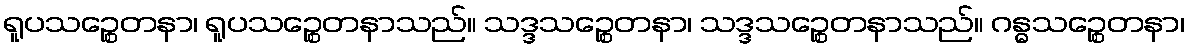
ရူပသဉ္စေတနာ၊ ရူပသဉ္စေတနာသည်။ သဒ္ဒသဉ္စေတနာ၊ သဒ္ဒသဉ္စေတနာသည်။ ဂန္ဓသဉ္စေတနာ၊